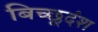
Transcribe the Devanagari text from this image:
बिच्छूदंश